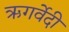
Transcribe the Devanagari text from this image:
ऋगर्वेदी